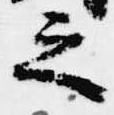
之